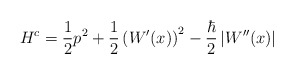
\begin{align*}H^c=\frac{1}{2}p^2+\frac{1}{2}\left(W'(x)\right)^2-\frac{\hbar}{2}\left|W''(x)\right|\end{align*}